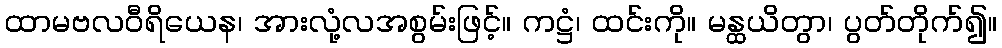
ထာမဗလဝီရိယေန၊ အားလုံ့လအစွမ်းဖြင့်။ ကဋ္ဌံ၊ ထင်းကို။ မန္ထယိတွာ၊ ပွတ်တိုက်၍။